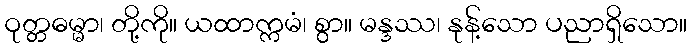
ဝုတ္တဓမ္မာ၊ တို့ကို။ ယထာက္ကမံ၊ စွာ။ မန္ဒဿ၊ နုန့်သော ပညာရှိသော။